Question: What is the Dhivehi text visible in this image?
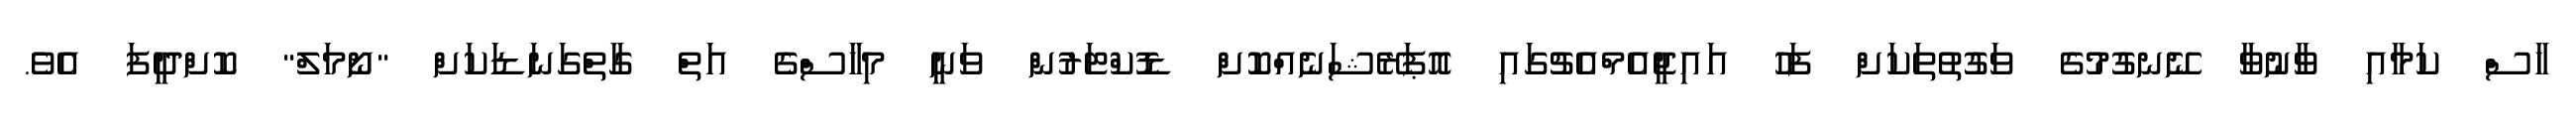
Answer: ހާސް ކަމާއި ވާނުވާ ނޭނގުމުގެ ވަގުތުތަކަށް ފަހު އައިޖީއެމްއެޗުގައި އޮޕަރޭޝަނެއްކޮށް ޑޮކްޓަރުން ވަނީ މިހާސްގެ އަތް ގާތްގަނަޑަކަށް "ނޯމަލް" ކޮށްދީފަ އެވެ.